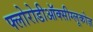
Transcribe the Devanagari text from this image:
फ्लोरोडीऑक्सीग्लूकोज़